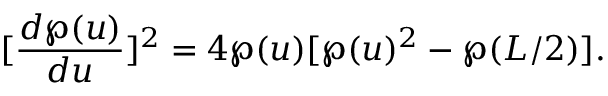
[ \frac { d \wp ( u ) } { d u } ] ^ { 2 } = 4 \wp ( u ) [ \wp ( u ) ^ { 2 } - \wp ( L / 2 ) ] .